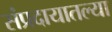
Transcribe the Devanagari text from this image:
संप्रदायातल्या